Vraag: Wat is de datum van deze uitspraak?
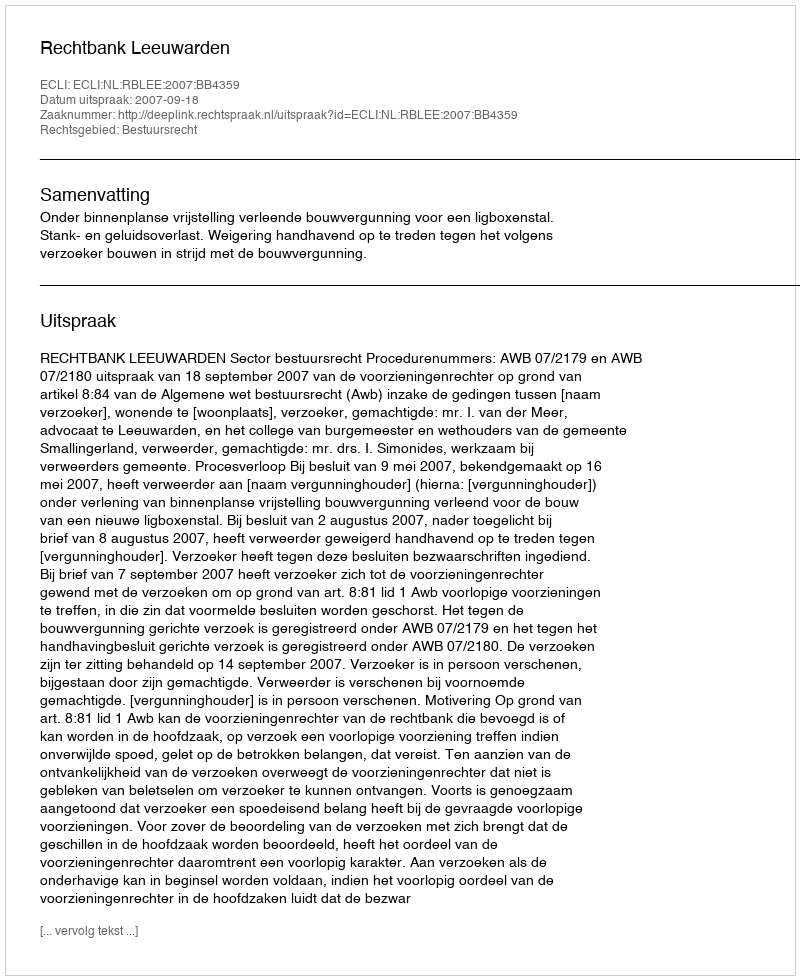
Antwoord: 2007-09-18